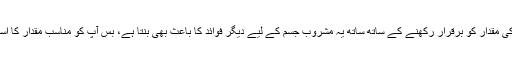
مگر جسم میں پانی کی مقدار کو برقرار رکھنے کے ساتھ ساتھ یہ مشروب جسم کے لیے دیگر فوائد کا باعث بھی بنتا ہے، بس آپ کو مناسب مقدار کا استعمال کرنا ہوتا ہے۔